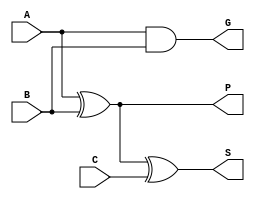
// single bit generate/propagate full-adder used in the construction of carry-lookahead adders
module cla_fulladder(
    input wire A,
    input wire B,
    input wire C,
    output wire G,
    output wire P,
    output wire S
);
    assign P = A ^ B; // propagate
    assign G = A & B; // generate
    assign S = P ^ C; // sum = A xor B xor C = P xor C
endmodule